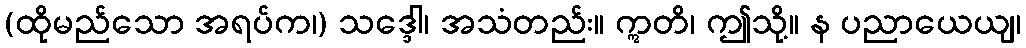
(ထိုမည်သော အရပ်က၊) သဒ္ဒေါ၊ အသံတည်း။ ဣတိ၊ ဤသို့။ န ပညာယေယျ၊